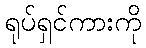
ရုပ်ရှင်ကားကို